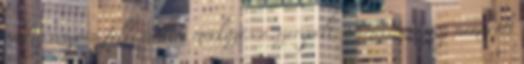
eddig csupán felkészülési mérkőzésen szerepelt, tétmeccsen még nem volt